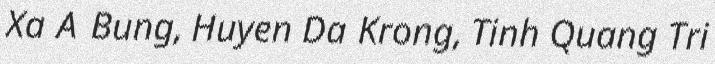
Xa A Bung, Huyen Da Krong, Tinh Quang Tri